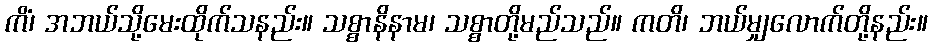
ကိံ၊ အဘယ်သို့မေးထိုက်သနည်း။ သစ္စာနိနာမ၊ သစ္စာတို့မည်သည်။ ကတိ၊ ဘယ်မျှလောက်တို့နည်း။